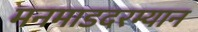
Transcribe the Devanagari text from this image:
मनमाडदरम्यान